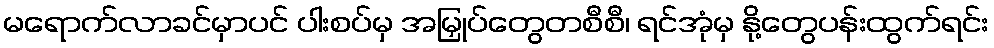
မရောက်လာခင်မှာပင် ပါးစပ်မှ အမြှုပ်တွေတစီစီ၊ ရင်အုံမှ နို့တွေပန်းထွက်ရင်း